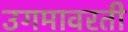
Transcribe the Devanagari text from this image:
उगमावरती